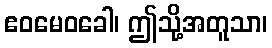
ဧဝမေဝခေါ၊ ဤသို့အတူသာ၊